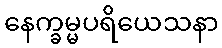
နေက္ခမ္မပရိယေသနာ